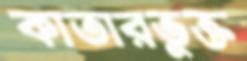
কাতারভুক্ত